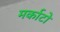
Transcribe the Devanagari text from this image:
मर्काटो